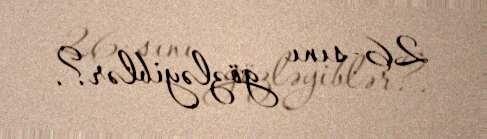
26-sını gözləyiblər?.